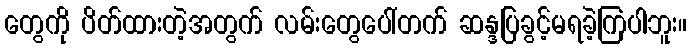
တွေကို ပိတ်ထားတဲ့အတွက် လမ်းတွေပေါ်တက် ဆန္ဒပြခွင့်မရခဲ့ကြပါဘူး။